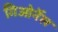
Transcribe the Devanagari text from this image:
गिओर्नेल